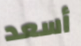
أسعد